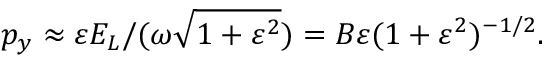
p _ { y } \approx \varepsilon E _ { L } / ( \omega \sqrt { 1 + \varepsilon ^ { 2 } } ) = B \varepsilon ( 1 + \varepsilon ^ { 2 } ) ^ { - 1 / 2 } .